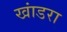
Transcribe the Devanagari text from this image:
खांडरा